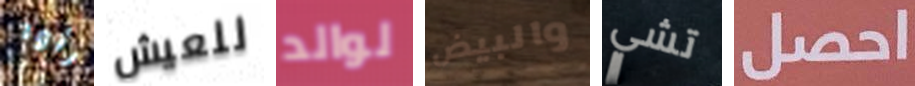
رأوا للعيش لوالد والبيض تشي احصل